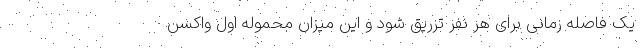
یک فاصله زمانی برای هر نفر تزریق شود و این میزان محموله اول واکسن